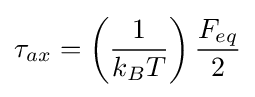
\tau _{ax}=\left({\frac {1}{k_{B}T}}\right){\frac {F_{eq}}{2}}